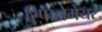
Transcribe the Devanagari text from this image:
रिप्‍पलेमेयर